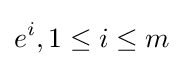
e^{i},1\leq i\leq m